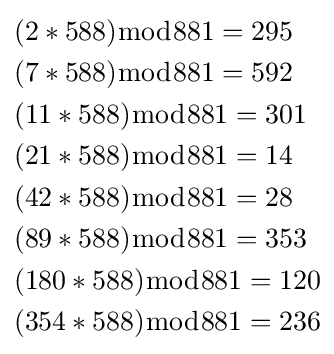
{\begin{aligned}&(2*588){\bmod {8}}81=295\\&(7*588){\bmod {8}}81=592\\&(11*588){\bmod {8}}81=301\\&(21*588){\bmod {8}}81=14\\&(42*588){\bmod {8}}81=28\\&(89*588){\bmod {8}}81=353\\&(180*588){\bmod {8}}81=120\\&(354*588){\bmod {8}}81=236\end{aligned}}